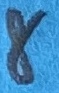
Text: 8